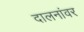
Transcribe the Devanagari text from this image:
दालनांवर